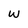
Character: W